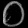
Digit: ၀